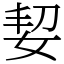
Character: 㛃